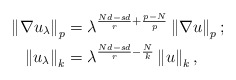
\begin{align*}\left\Vert \nabla u_{\lambda}\right\Vert _{p} & =\lambda^{\frac{Nd-sd}{r}+\frac{p-N}{p}}\left\Vert \nabla u\right\Vert _{p};\\\left\Vert u_{\lambda}\right\Vert _{k} & =\lambda^{\frac{Nd-sd}{r}-\frac{N}{k}}\left\Vert u\right\Vert _{k},\end{align*}